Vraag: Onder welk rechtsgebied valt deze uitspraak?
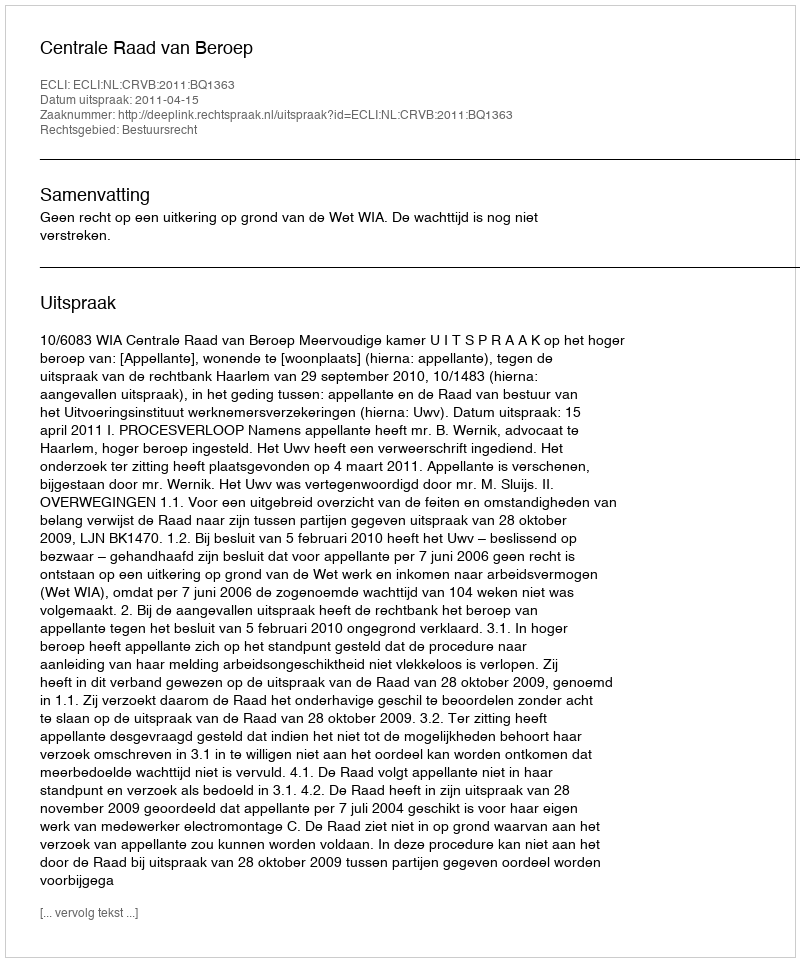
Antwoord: Bestuursrecht